Civil Veterinary Dept. Assam report 1927-50 - 1927-1950
Year: 1927
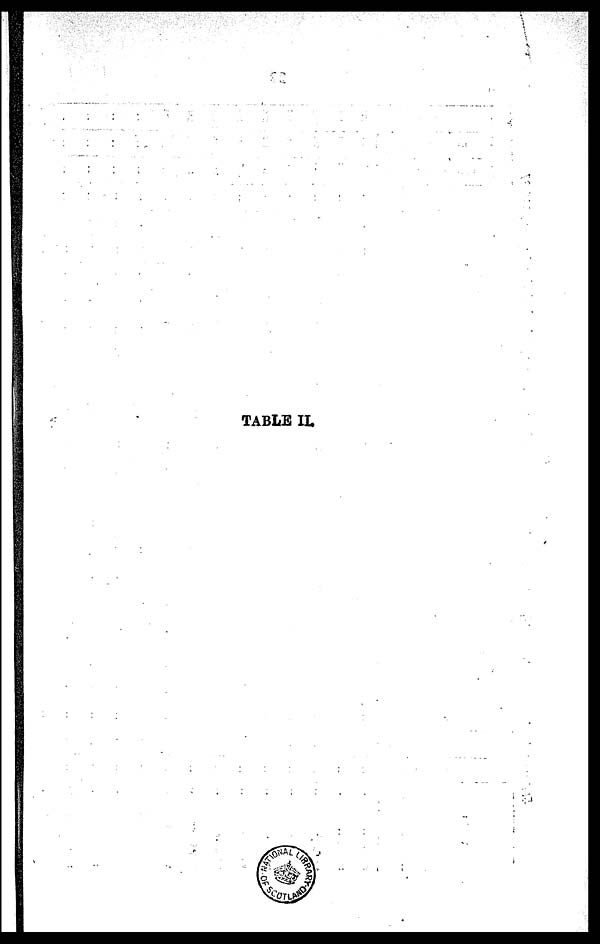
TABLE II.